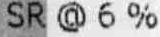
SR @ 6 %